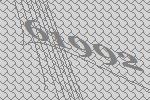
61992